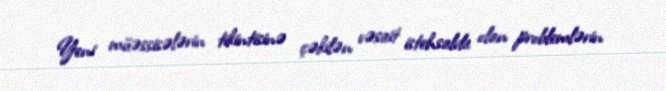
Yeni müəssisələrin tikintisinə çəkilən vəsait istehsalda olan problemlərin